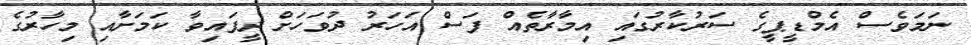
ނަމަވެސް އެމްޑީޕީގެ ސަރުކާރުގައި އިމާރާތެއް ފަސް އަހަރު ދުވަހަށް ދީފައިވާ ކަމަށާއި މިހާރުގެ